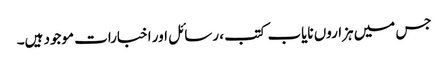
جس میں ہزاروں نایاب کتب ، رسائل اور اخبارات موجود ہیں۔